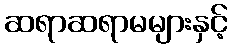
ဆရာဆရာမများနှင့်